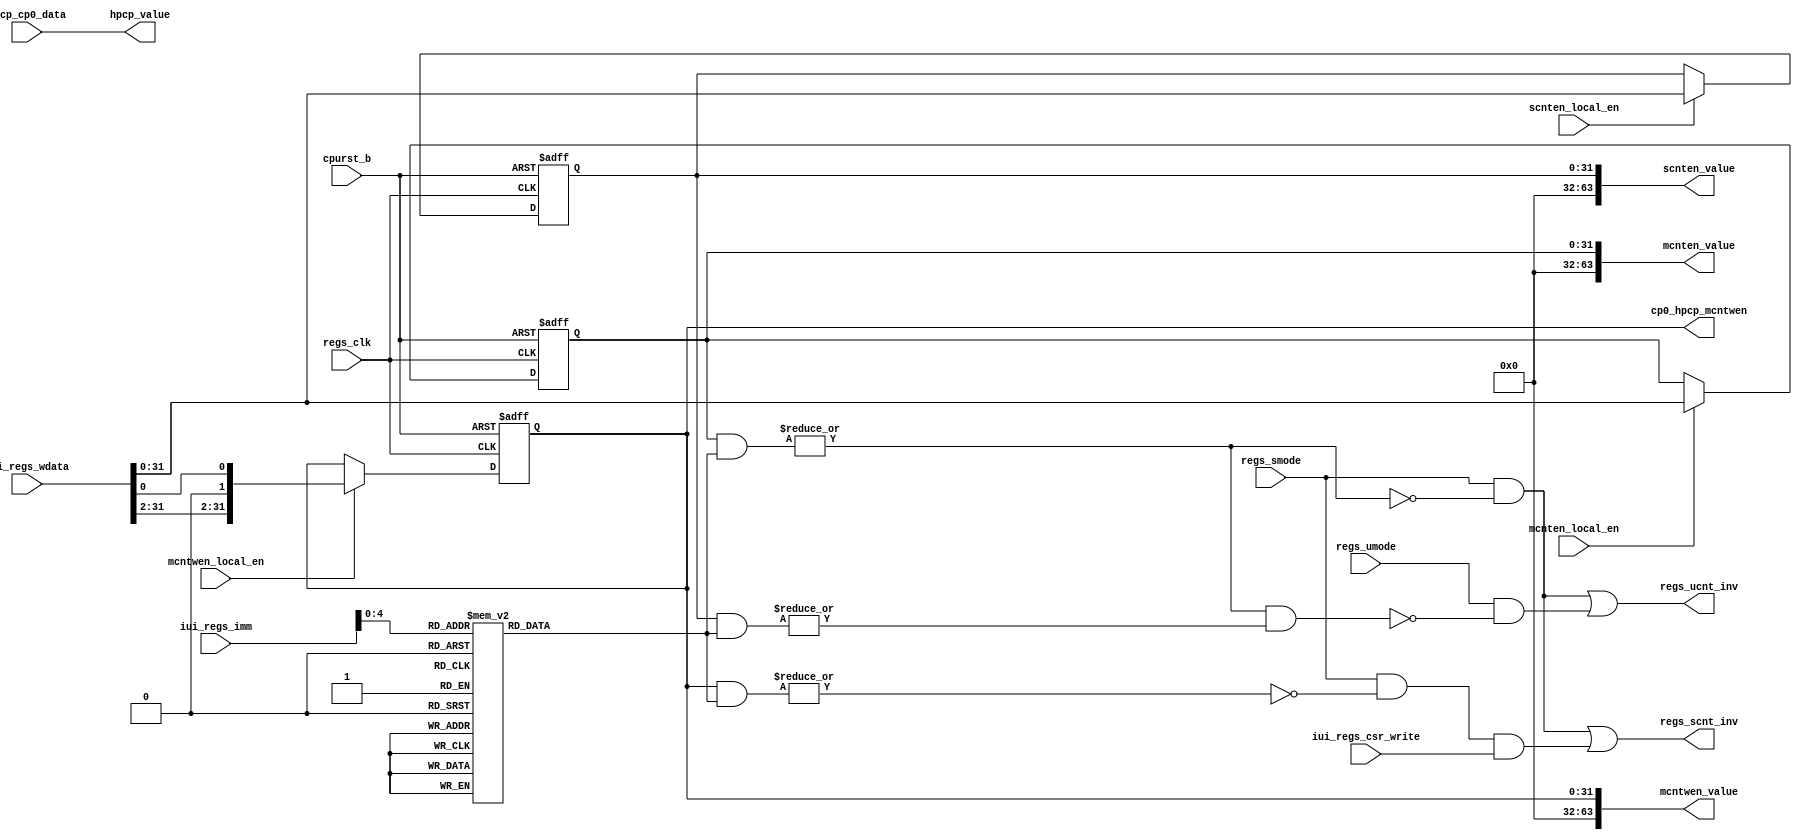
/*Copyright 2020-2021 T-Head Semiconductor Co., Ltd.

Licensed under the Apache License, Version 2.0 (the "License");
you may not use this file except in compliance with the License.
You may obtain a copy of the License at

    http://www.apache.org/licenses/LICENSE-2.0

Unless required by applicable law or agreed to in writing, software
distributed under the License is distributed on an "AS IS" BASIS,
WITHOUT WARRANTIES OR CONDITIONS OF ANY KIND, either express or implied.
See the License for the specific language governing permissions and
limitations under the License.
*/

// &ModuleBeg; @23
module aq_cp0_hpcp_csr(
  cp0_hpcp_mcntwen,
  cpurst_b,
  hpcp_cp0_data,
  hpcp_value,
  iui_regs_csr_write,
  iui_regs_imm,
  iui_regs_wdata,
  mcnten_local_en,
  mcnten_value,
  mcntwen_local_en,
  mcntwen_value,
  regs_clk,
  regs_scnt_inv,
  regs_smode,
  regs_ucnt_inv,
  regs_umode,
  scnten_local_en,
  scnten_value
);


// &Ports; @25
input           cpurst_b;          
input   [63:0]  hpcp_cp0_data;     
input           iui_regs_csr_write; 
input   [11:0]  iui_regs_imm;      
input   [63:0]  iui_regs_wdata;    
input           mcnten_local_en;   
input           mcntwen_local_en;  
input           regs_clk;          
input           regs_smode;        
input           regs_umode;        
input           scnten_local_en;   
output  [31:0]  cp0_hpcp_mcntwen;  
output  [63:0]  hpcp_value;        
output  [63:0]  mcnten_value;      
output  [63:0]  mcntwen_value;     
output          regs_scnt_inv;     
output          regs_ucnt_inv;     
output  [63:0]  scnten_value;      

// &Regs; @26
reg     [31:0]  cnt_sel;           
reg     [31:0]  mcnten_reg;        
reg     [31:0]  mcntwen_reg;       
reg     [31:0]  scnten_reg;        

// &Wires; @27
wire    [31:0]  cp0_hpcp_mcntwen;  
wire            cpurst_b;          
wire    [63:0]  hpcp_cp0_data;     
wire    [63:0]  hpcp_value;        
wire            iui_regs_csr_write; 
wire    [11:0]  iui_regs_imm;      
wire    [63:0]  iui_regs_wdata;    
wire            mcnten_hit;        
wire            mcnten_local_en;   
wire    [63:0]  mcnten_value;      
wire            mcntwen_hit;       
wire            mcntwen_local_en;  
wire    [63:0]  mcntwen_value;     
wire            regs_clk;          
wire            regs_scnt_inv;     
wire            regs_smode;        
wire            regs_ucnt_inv;     
wire            regs_umode;        
wire            scnten_hit;        
wire            scnten_local_en;   
wire    [63:0]  scnten_value;      


//==========================================================
//                 Counter/Timers and Setup
//==========================================================
//----------------------------------------------------------
//                  Machine Counter/Timers
//----------------------------------------------------------
// |------------|---------------------|--------------------|
// |    Name    |    Description      |        Note        |
// |------------|---------------------|--------------------|
// | mcycle     | M cycle counter. .  |                    |
// | minstret   | M inst retire cnt.  |                    |
// | mhpmcntx   | M hpm counter.      |                    |
// |------------|---------------------|--------------------|
// Registers above is instanced in HPCP.

//----------------------------------------------------------
//                Supervisor Counter/Timers
//----------------------------------------------------------
// |------------|---------------------|--------------------|
// |    Name    |    Description      |        Note        |
// |------------|---------------------|--------------------|
// | scycle     | S cycle counter. .  | T-Head Extension   |
// | sinstret   | S inst retire cnt.  | T-Head Extension   |
// | shpmcntx   | S hpm counter.      | T-Head Extension   |
// |------------|---------------------|--------------------|
// Registers above is instanced in HPCP.

//----------------------------------------------------------
//                   User Counter/Timers
//----------------------------------------------------------
// |------------|---------------------|--------------------|
// |    Name    |    Description      |        Note        |
// |------------|---------------------|--------------------|
// | cycle      | U cycle counter. .  |                    |
// | instret    | U inst retire cnt.  |                    |
// | hpmcntx    | U hpm counter.      |                    |
// |------------|---------------------|--------------------|
// Registers above is instanced in HPCP.

//----------------------------------------------------------
//                  Machine Counter Setup
//----------------------------------------------------------
// |------------|---------------------|--------------------|
// |    Name    |    Description      |        Note        |
// |------------|---------------------|--------------------|
// | mcntinhbt  | M counter inhibit.  | RV 1.11            |
// | mhpmevtx   | M hpm event select. |                    |
// | mcounteren | M counter enable.   | Machine Trap Setip |
// | mcntwen    | M cnt write enable. | T-Head Extension   |
// | mcntinten  | M cnt int enable.   | T-Head Extension   |
// | mcntintof  | M cnt int of.       | T-Head Extension   |
// |------------|---------------------|--------------------|
// Only mcnten, mcntwen in CP0, other in HPCP.

//----------------------------------------------------------
//                 Supervisor Counter Setup
//----------------------------------------------------------
// |------------|---------------------|--------------------|
// |    Name    |    Description      |        Note        |
// |------------|---------------------|--------------------|
// | scounteren | S counter enable.   | S Trap Setup       |
// | scntinten  | S cnt int enable.   | T-Head Extension   |
// | scntintof  | S cnt int of.       | T-Head Extension   |
// |------------|---------------------|--------------------|
// Only scnten in CP0, other in HPCP.

//==========================================================
//                 //Define HPCP Registers
//==========================================================
assign hpcp_value[63:0] = {hpcp_cp0_data[63:0]};

//==========================================================
//                  Define the MCOUNTEREN
//==========================================================
//  Machine Trap Vector Register
//  64-bit Machine Mode Read/Write
//  Providing the Trap Vector Base and Mode 
//  the definiton for MTVEC register is listed as follows
//  HPM31...HPM3, IR, TM, CY
//==========================================================
always @(posedge regs_clk or negedge cpurst_b)
begin
  if(!cpurst_b)
    mcnten_reg[31:0] <= 32'b0;
  else if(mcnten_local_en)
    mcnten_reg[31:0] <= iui_regs_wdata[31:0];
  else
    mcnten_reg[31:0] <= mcnten_reg[31:0];
end

assign mcnten_value[63:0] = {32'b0, mcnten_reg[31:0]};

//==========================================================
//                  Define the MCOUNTERWEN
//==========================================================
always @(posedge regs_clk or negedge cpurst_b)
begin
  if(!cpurst_b)
    mcntwen_reg[31:0] <= 32'b0;
  else if(mcntwen_local_en)
    mcntwen_reg[31:0] <= {iui_regs_wdata[31:2], 1'b0, iui_regs_wdata[0]};
  else
    mcntwen_reg[31:0] <= mcntwen_reg[31:0];
end

assign mcntwen_value[63:0] = {32'b0, mcntwen_reg[31:0]};

//==========================================================
//                  Define the SCOUNTEREN
//==========================================================
//  Supervisor Trap Vector Register
//  64-bit Supervisor Mode Read/Write
//  Providing the Trap Vector Base and Mode 
//  the definiton for STVEC register is listed as follows
//  HPM31...HPM3, IR, TM, CY
//==========================================================
always @(posedge regs_clk or negedge cpurst_b)
begin
  if(!cpurst_b)
    scnten_reg[31:0] <= 32'b0;
  else if(scnten_local_en)
    scnten_reg[31:0] <= iui_regs_wdata[31:0];
  else
    scnten_reg[31:0] <= scnten_reg[31:0];
end

assign scnten_value[63:0] = {32'b0, scnten_reg[31:0]};

//==========================================================
//                   Counter Read Enable
//==========================================================
//----------------------------------------------------------
//                       Addr Decode
//----------------------------------------------------------
// &CombBeg; @163
always @( iui_regs_imm[4:0])
begin
case(iui_regs_imm[4:0])
  5'h00:   cnt_sel[31:0] = 32'h00000001;
  5'h01:   cnt_sel[31:0] = 32'h00000002;
  5'h02:   cnt_sel[31:0] = 32'h00000004;
  5'h03:   cnt_sel[31:0] = 32'h00000008;
  5'h04:   cnt_sel[31:0] = 32'h00000010;
  5'h05:   cnt_sel[31:0] = 32'h00000020;
  5'h06:   cnt_sel[31:0] = 32'h00000040;
  5'h07:   cnt_sel[31:0] = 32'h00000080;
  5'h08:   cnt_sel[31:0] = 32'h00000100;
  5'h09:   cnt_sel[31:0] = 32'h00000200;
  5'h0A:   cnt_sel[31:0] = 32'h00000400;
  5'h0B:   cnt_sel[31:0] = 32'h00000800;
  5'h0C:   cnt_sel[31:0] = 32'h00001000;
  5'h0D:   cnt_sel[31:0] = 32'h00002000;
  5'h0E:   cnt_sel[31:0] = 32'h00004000;
  5'h0F:   cnt_sel[31:0] = 32'h00008000;
  5'h10:   cnt_sel[31:0] = 32'h00010000;
  5'h11:   cnt_sel[31:0] = 32'h00020000;
  5'h12:   cnt_sel[31:0] = 32'h00040000;
  5'h13:   cnt_sel[31:0] = 32'h00080000;
  5'h14:   cnt_sel[31:0] = 32'h00100000;
  5'h15:   cnt_sel[31:0] = 32'h00200000;
  5'h16:   cnt_sel[31:0] = 32'h00400000;
  5'h17:   cnt_sel[31:0] = 32'h00800000;
  5'h18:   cnt_sel[31:0] = 32'h01000000;
  5'h19:   cnt_sel[31:0] = 32'h02000000;
  5'h1A:   cnt_sel[31:0] = 32'h04000000;
  5'h1B:   cnt_sel[31:0] = 32'h08000000;
  5'h1C:   cnt_sel[31:0] = 32'h10000000;
  5'h1D:   cnt_sel[31:0] = 32'h20000000;
  5'h1E:   cnt_sel[31:0] = 32'h40000000;
  5'h1F:   cnt_sel[31:0] = 32'h80000000;
  default: cnt_sel[31:0] = {32{1'bx}};
endcase
// &CombEnd; @199
end

// &Force("bus", "iui_regs_imm", 11, 0); @201
// &Force("bus", "iui_regs_wdata", 63, 0); @202

assign mcnten_hit = |(mcnten_reg[31:0] & cnt_sel[31:0]);
assign scnten_hit = |(scnten_reg[31:0] & cnt_sel[31:0]);

assign mcntwen_hit = |(mcntwen_reg[31:0] & cnt_sel[31:0]);

assign regs_scnt_inv = regs_smode && !mcnten_hit
                    || regs_smode && !mcntwen_hit && iui_regs_csr_write;
assign regs_ucnt_inv = regs_smode && !mcnten_hit
                    || regs_umode && !(mcnten_hit && scnten_hit);

//==========================================================
//                          Output
//==========================================================
assign cp0_hpcp_mcntwen[31:0] = mcntwen_reg[31:0];
// &ModuleEnd; @218
endmodule